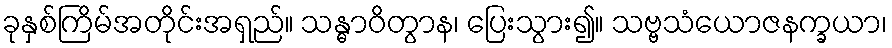
ခုနှစ်ကြိမ်အတိုင်းအရှည်။ သန္ဓာဝိတွာန၊ ပြေးသွား၍။ သဗ္ဗသံယောဇနက္ခယာ၊